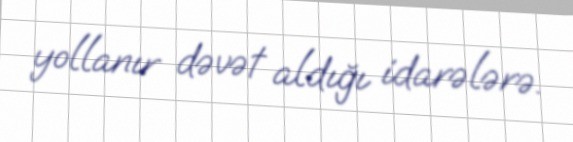
yollanır dəvət aldığı idarələrə.